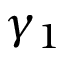
\gamma _ { 1 }